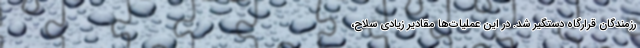
رزمندگان قرارگاه دستگیر شد. در این عملیات‌ها مقادیر زیادی سلاح‌‌،